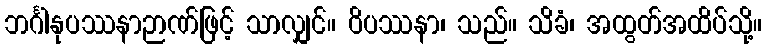
ဘင်္ဂါနုပဿနာဉာဏ်ဖြင့် သာလျှင်။ ဝိပဿနာ၊ သည်။ သိခံ၊ အထွတ်အထိပ်သို့။